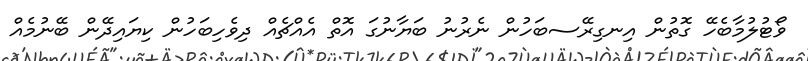
ވޯޓުލުމާބެހޭ ގޮތުން އިނގިރޭސބަހުން ނެރުނު ބަޔާނުގަ އޮތް އެއްޗެއް ދިވެހިބަހުން ކިޔައިދޭން ބޭނުމެއް